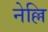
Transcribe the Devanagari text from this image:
नेल्लि